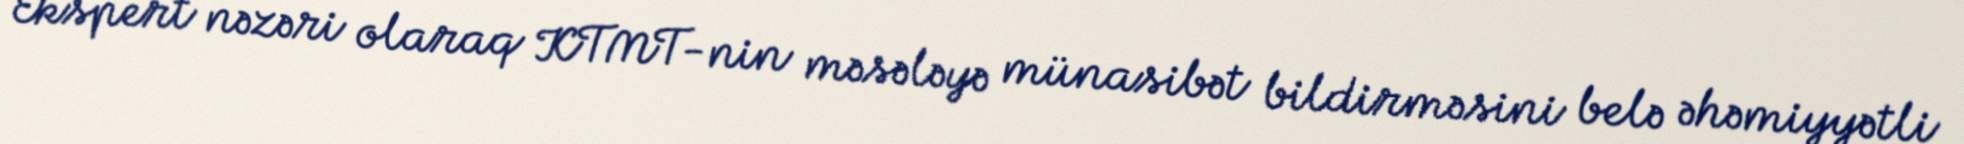
Ekspert nəzəri olaraq KTMT-nin məsələyə münasibət bildirməsini belə əhəmiyyətli